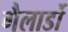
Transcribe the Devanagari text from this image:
गैलार्डो